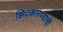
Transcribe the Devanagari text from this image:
झिटकारण्याची